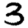
Digit: 3